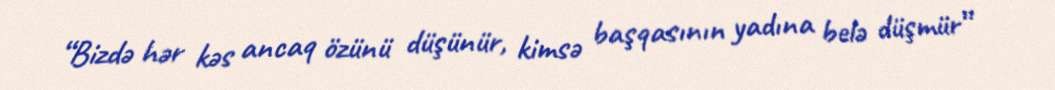
“Bizdə hər kəs ancaq özünü düşünür, kimsə başqasının yadına belə düşmür”